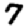
Digit: 7